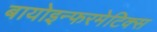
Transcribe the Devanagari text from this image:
बायोइन्फरमेटिक्स